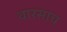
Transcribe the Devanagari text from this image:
वारसाच